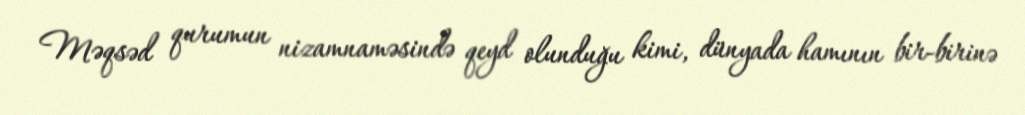
Məqsəd qurumun nizamnaməsində qeyd olunduğu kimi, dünyada hamının bir-birinə